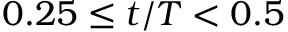
0 . 2 5 \leq t / T < 0 . 5